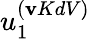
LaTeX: u_{1}^{(\mathbf{v}KdV)}